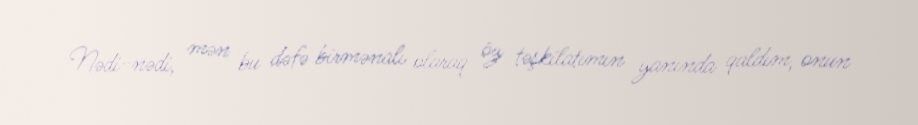
Nədi-nədi, mən bu dəfə birmənalı olaraq öz təşkilatımın yanında qaldım, onun